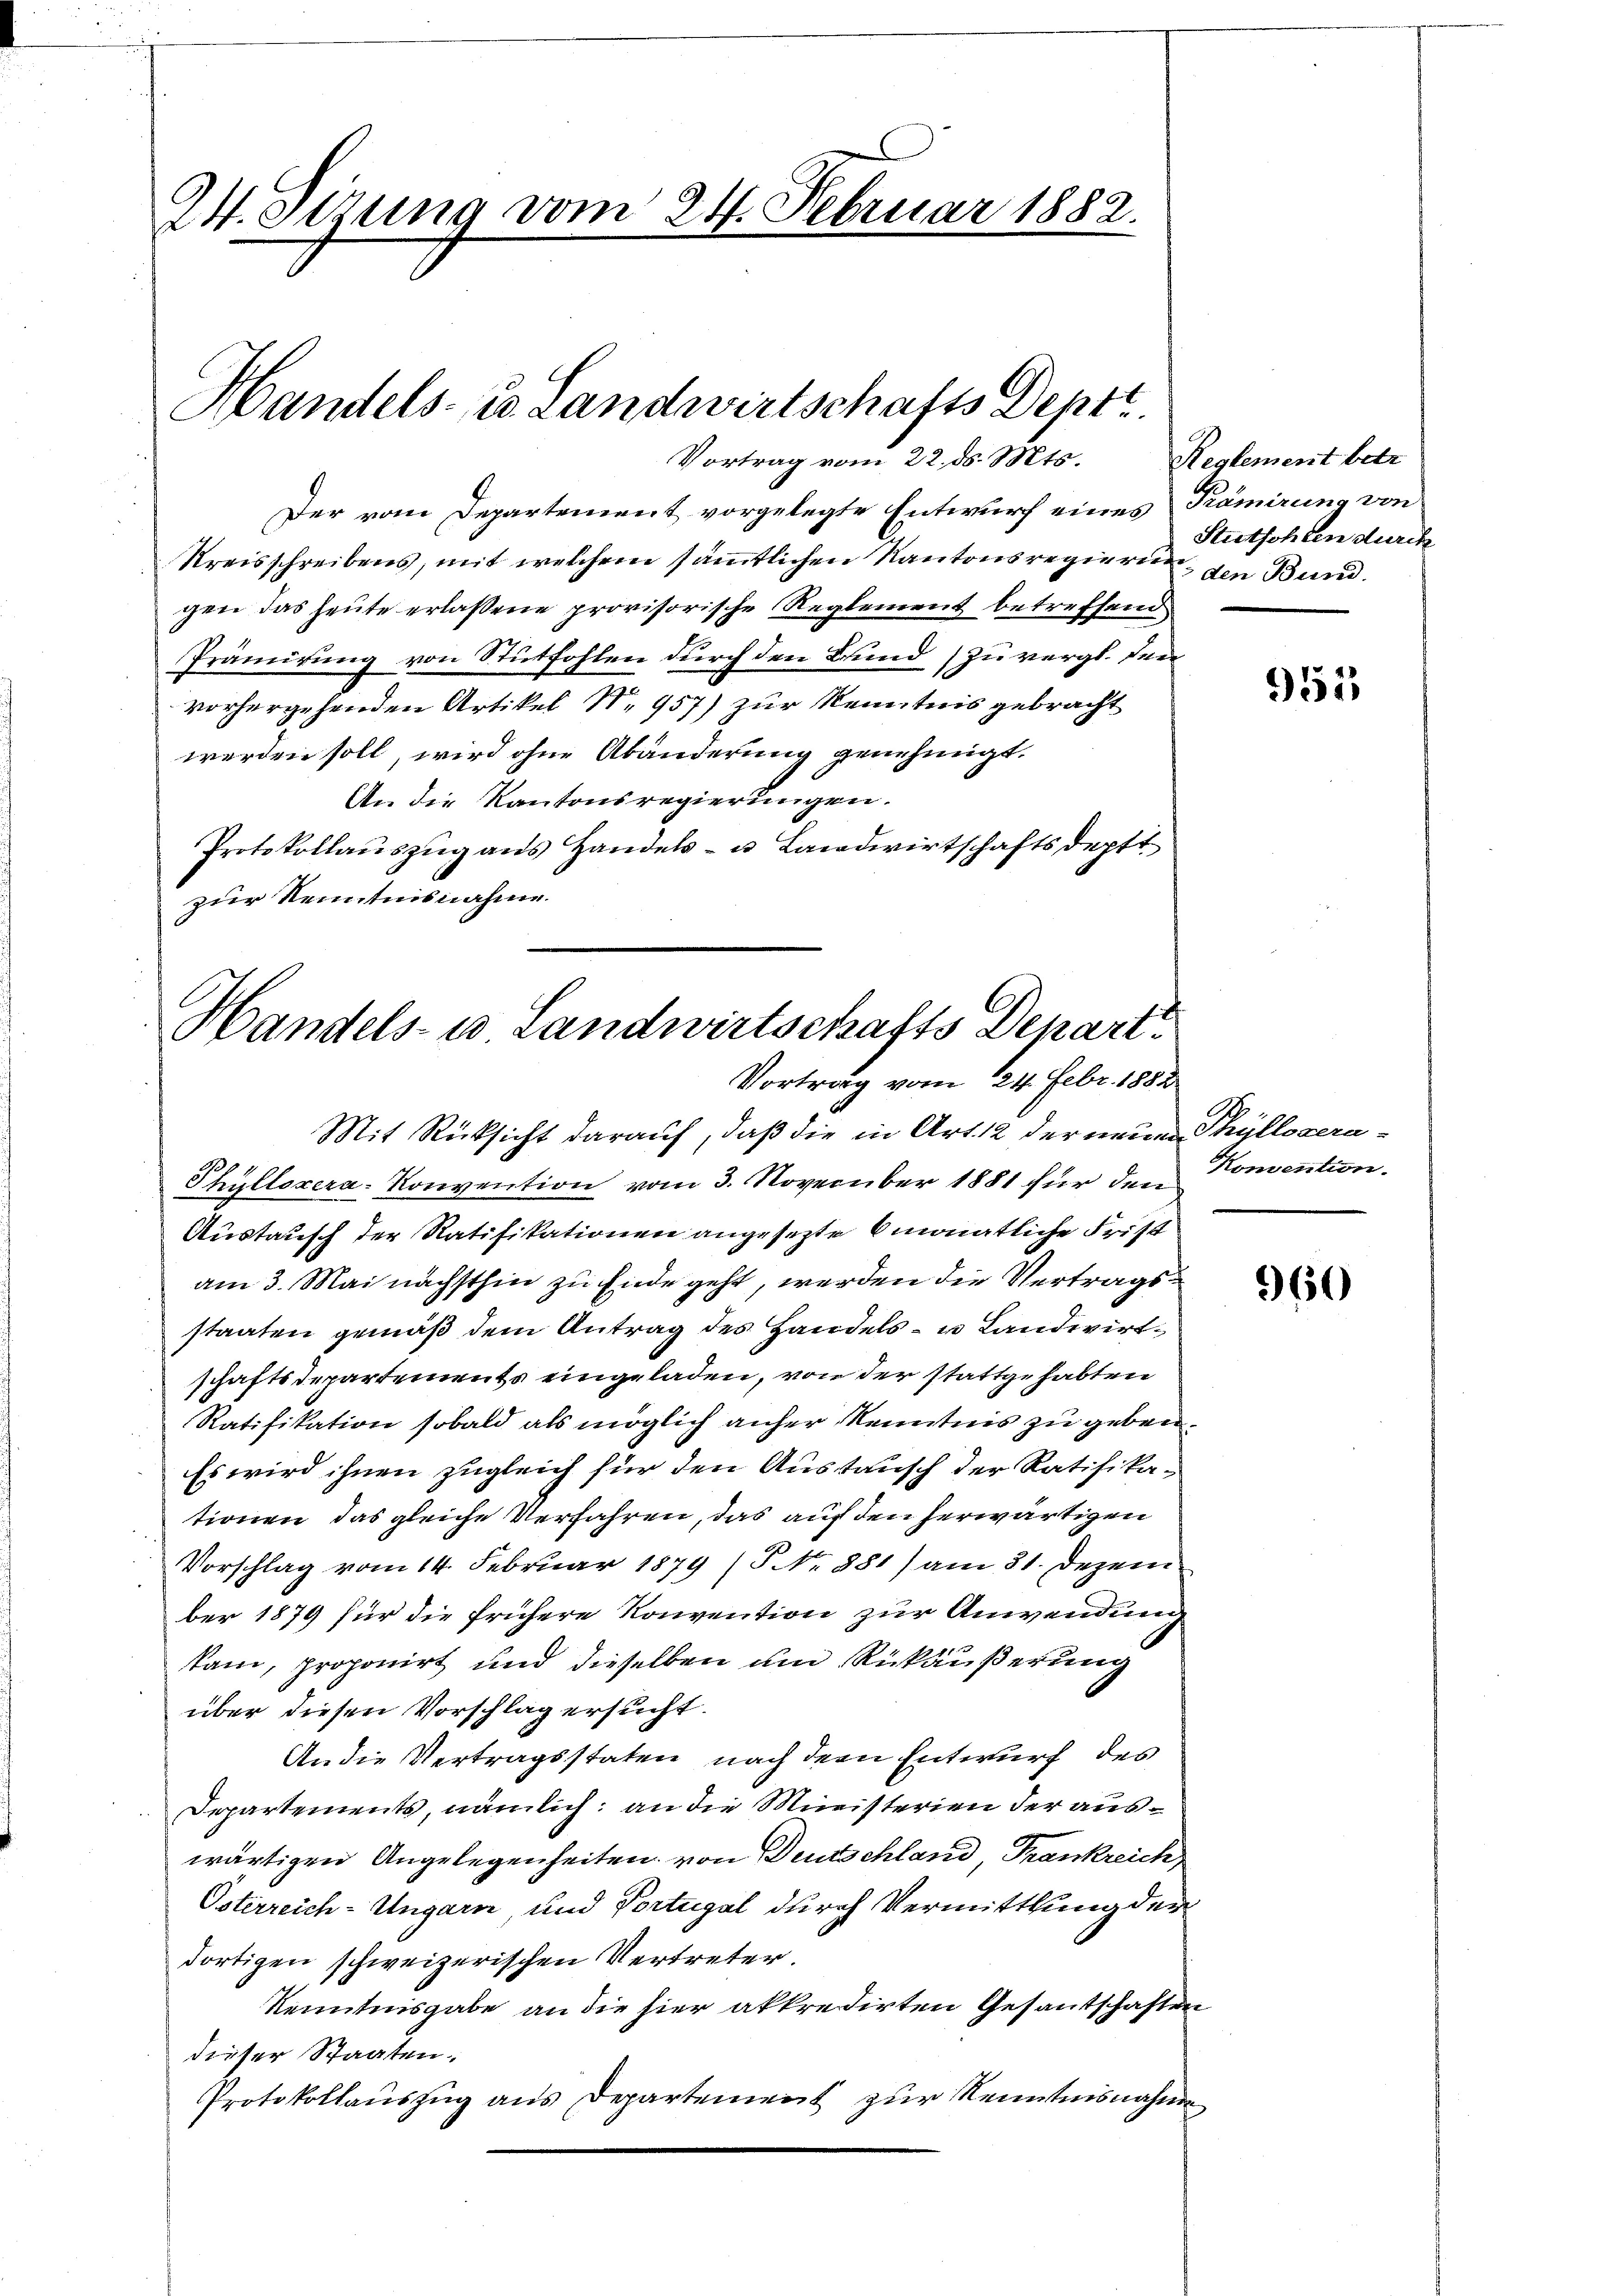
24. Stzung vom 24. Februar 1882.
Handels- u. Landwirtschafts Deptt.
Vortrag vom 22. ds. Mts.

Der vom Departement vorgelegte Entwurf eines Kämirung von
Kreisschreibens, mit welchem sämmtlichen Kantonsregierung, den Bund.
gen das heute erlassene provisorische Reglement betreffend
Prämirung von Stütfohlen durch den Bund zu vergl. den
vorhergehenden Artikel 1,957) zur Kenntnis gebracht
werden soll, wird ohne Abänderung genehmigt.
An die Kantonsregierungen.
Protokollauszug aus Handels- u. Landwirtschaftsdeptt
zur Kenntnisnahme.

Handels- u Landwirtschafts Depart
Vortrag vom 24. Febr. 1882

Mit Rücksicht darauf, daß die in Art. 12 der neuen Thüllocera-
Thüllerera-Konvention vom 3. November 1881 für den Konvention.
Austausch der Ratifikationen angesezte monatliche Frist
am 3. Mai nächsthin zu Ende geht, werden die Vertragsstaaten gemäß dem Antrag des Handels- u Landwirtschaftsdepartements eingeladen, von der stattgehabten
Ratifikation sobald als möglich anher Kenntnis zu geben.
Es wird ihnen zugleich für den Austausch der Ratifikationen das gleiche Verfahren, das auf den herwärtigen
Vorschlag vom 14. Februar 1879 (P No 881) am 31. Dezem
ber 1879 für die frühere Konvention zur Anwendung
kam, proponirt und dieselben um Rückäußerung
über diesen Vorschlag ersucht.
An die Vertragsstaten nach dem Entwurf des
Departements, nämlich: an die Ministerien der auswärtigen Angelegenheiten von Deutschland Trankreich
Österreich-Ungarn, und Vortugal durch Vermittlung der
dortigen schweizerischen Vertreter.
Kenntnisgabe an die hier akkredirten Gesantschaften
dieser Staaten.
Protokollauszug aus Departement zur Kenntnisnahme

Reglement betr.
Stutsohlen durch

955

960